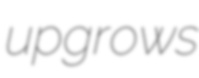
upgrows